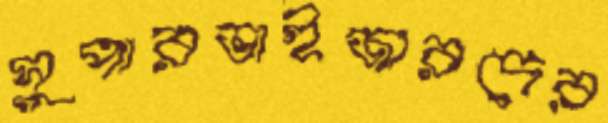
সুপারভাইজারদের